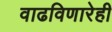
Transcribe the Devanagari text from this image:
वाढविणारेही